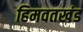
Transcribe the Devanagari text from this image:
हिमवतखंड